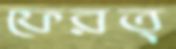
ফেরত্